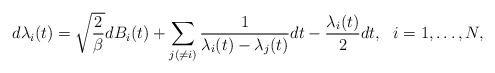
LaTeX: \begin{align*}d\lambda_i(t)=\sqrt{\frac{2}{\beta}}dB_i(t)+\sum_{j(\neq i)}\frac{1}{\lambda_i(t)-\lambda_j(t)}dt-\frac{\lambda_i(t)}{2}dt,\ \ i=1,\dots,N,\end{align*}